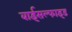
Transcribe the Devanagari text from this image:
बाईसल्फाइड